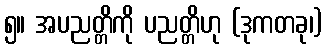
၅။ အပညတ္တိကို ပညတ္တိဟု (ဒုကတခု၊)